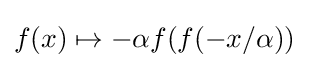
{\textstyle f(x)\mapsto -\alpha f(f(-x/\alpha ))}